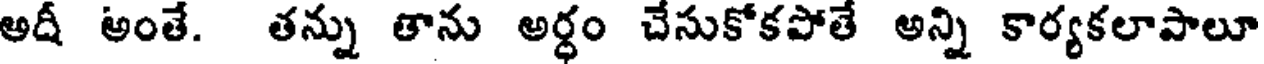
అదీ అంతే. తన్ను తాను అర్ధం చేసుకోకపోతే అన్ని కార్యకలాపాలూ